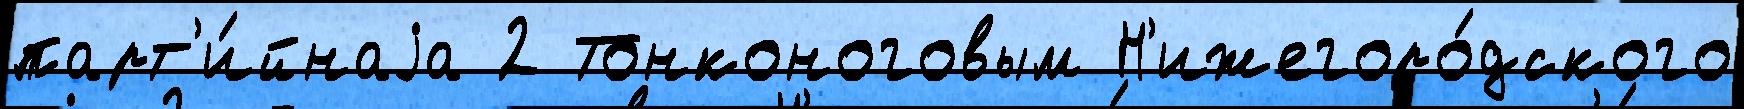
парт'и́йнаjа 2 Тонконоговым Н'ижегоро́дского